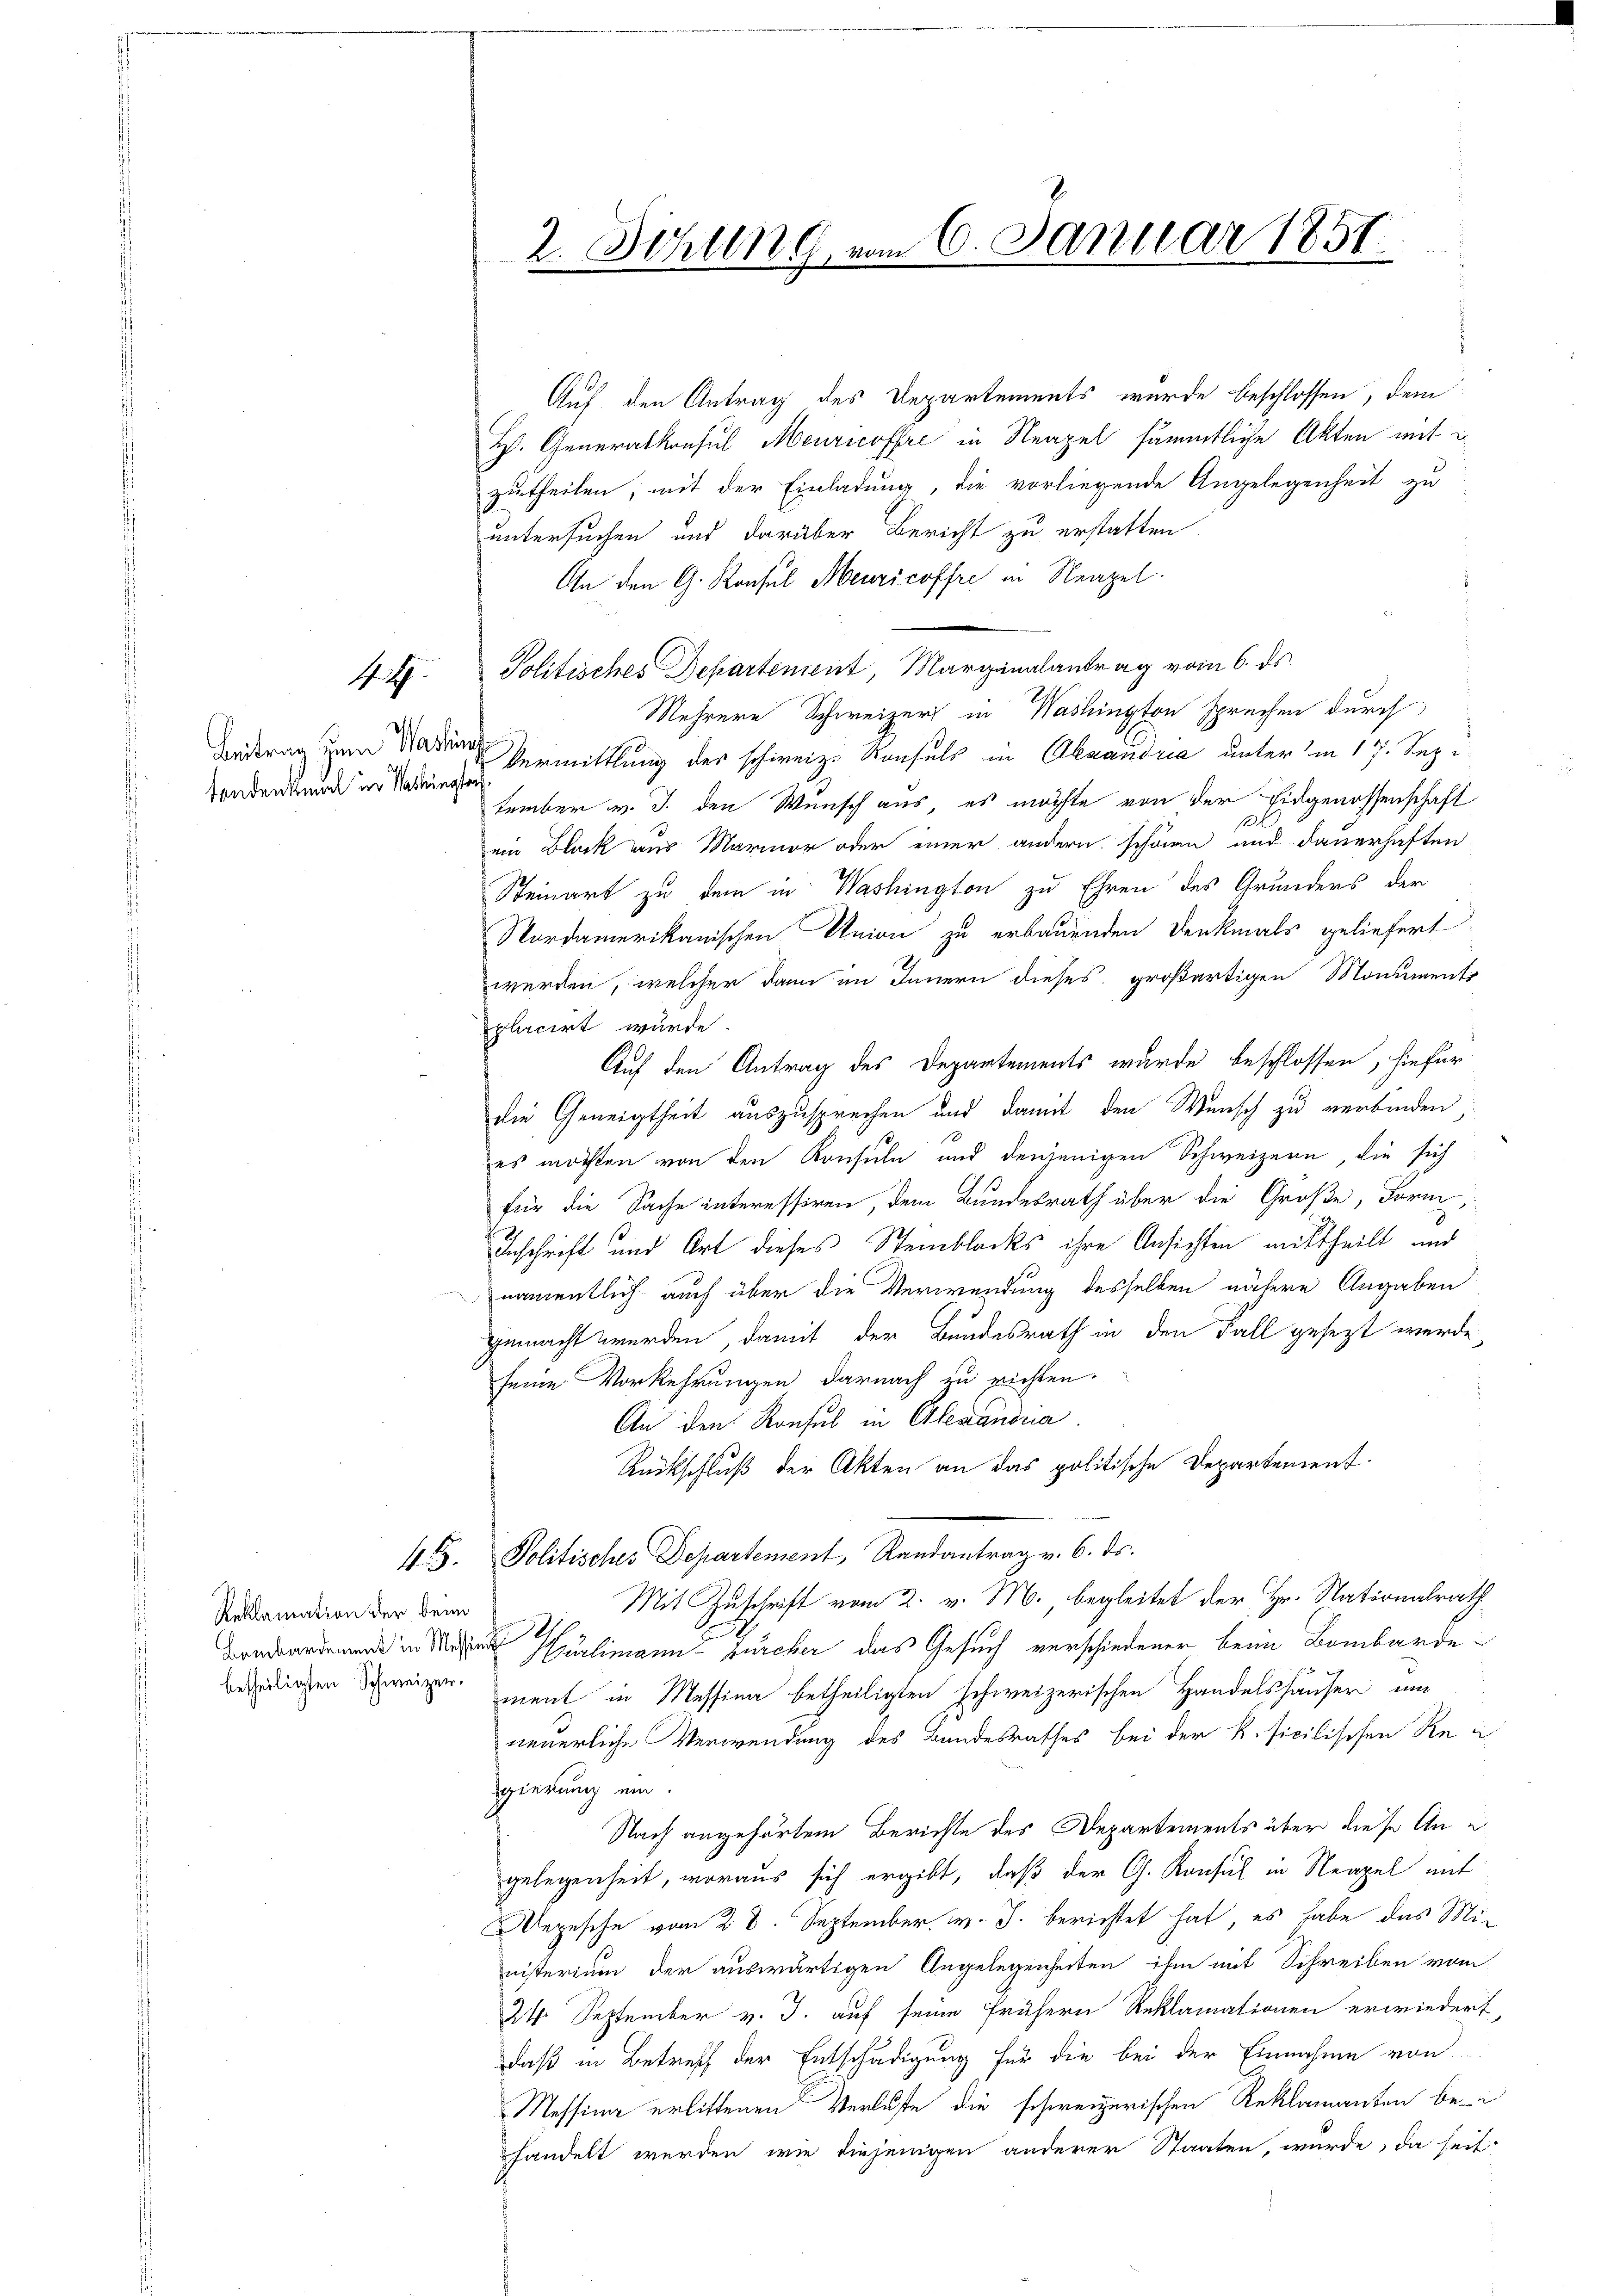
Satz.

c
Sondenkmal in Washingten

Reklamation der beim
Bombardement in Mession 12.

Auf den Antrag des Departements wurde beschlossen, dem
H. Generalkonsul Meuricoffre in Neapel sämmtliche Akten mit
zutheilen, mit der Einladung, die vorliegende Angelegenheit zu
untersuchen und darüber Bericht zu erstatten
An den G. Konsul Meuricoffre in Neapel.
Politisches Departement, Marginalantrag vom 6. ds.
Mehrere Schweizer in Washington sprechen durch
Beitrag zum Baden Vermittlung der schweiz. Konsuls in Alexandria unterm 17. Sep
tember v. J. den Wunsch aus, es möchte von der Eidgenossenschaft
s
ein Blick aus Mariner oder einer andern schönen und dauerhaften.
Steinart zu dem in Washington zu Ehren des Grunders der
Nordamerikanischen Union zu erbauenden Denkmals geliefert
werden, welcher dann im Innern dieses großartigen Monuments
placirt wurde.
Auf den Antrag des Departements wurde beschlossen, hiefür
die Geneigtheit auszusprechen und damit den Wunsch zu verbinden,
es möchten von den Konsuln und denjenigen Schweizern, die sich
für die Sache interessiren, dem Bundesrath über die Große, Form,
Inschrift und Ort dieses Steinblocks ihre Ansichten mittheilt, und
namentlich auch über die Verwendung desselben nähere Angaben
gemacht werden, damit der Bundesrath in den Fall gesezt werde,
seine Vorkehrungen darnach zu richten.
An den Konsul in Alexandra
Rückschluß der Akten an das politische Departement.
4. Politisches Departement, Randantrag v. 6. ds.
Mit Zuschrift vom 2. v. M. begleitet der Hr. Nationalrath
Hürlimann furcher das Gesuch verschiedener, beim Bombardebezeigen Schweizer ment in Messina betheiligten schweizerischen Handelshäuser und
neuerliche Verwendung des Bandesrathes bei der k. sicilischen Regierung ein.
Nach angehörtem Berichte des Departements über diese Ane
gelegenheit, woraus sich ergibt, daß der G. Konsul in Neapel mit
epesche vom 28. September v. J. berichtet hat, es habe das Ministerium der auswärtigen Angelegenheiten ihm mit Schreiben vom
24 September v. J. auf seine frühern Reklamationen erwiedert,
daß in Betreff der Entschädigung für die bei der Einnahme von
Messina erlittenen Verluste die schweizerischen Reklamanten be-
handelt werden, wie diejenigen anderer Staaten, wurde, da seit

2. Sitzung vom 6. Januar 1857